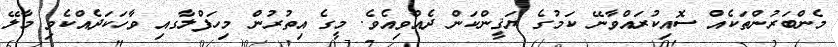
މެންބަރުންތަކެއް ސޮއިކުރައްވާނޭ ކަމުގެ ޔަޤީންކަން ދެއްވިއެވެ. މީގެ އިތުރުން މިހަފްލާގއި ވާހަކަދެއްކެވި މާލޭ